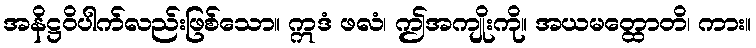
အနိဋ္ဌဝိပါက်လည်းဖြစ်သော။ ဣဒံ ဖလံ၊ ဤအကျိုးကို။ အယမတ္ထောတိ၊ ကား။